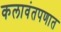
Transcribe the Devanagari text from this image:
कलावंतपणात